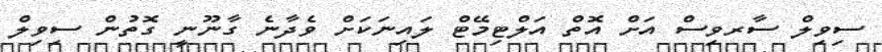
ސިވިލް ސާރވިސް އަށް އޮތް އަލްޓިމޭޓް ލައިނަކަށް ވެދާނެ ގާނޫނީ ގޮތުން ސިވިލް